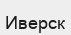
Иверск